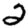
Digit: 2